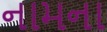
નામના